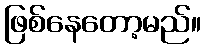
ဖြစ်နေတော့မည်။